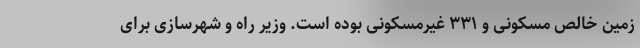
زمین خالص مسکونی و ۳۳۱ غیرمسکونی بوده است. وزیر راه و شهرسازی برای